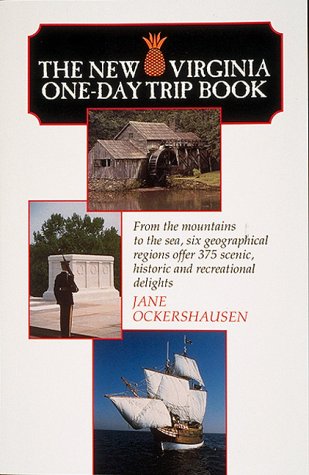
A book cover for The New Virginia One-Day Trip Book: From the Mountains to the Sea Six Geographical Regions Offer....; Jane Ockershausen; Travel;